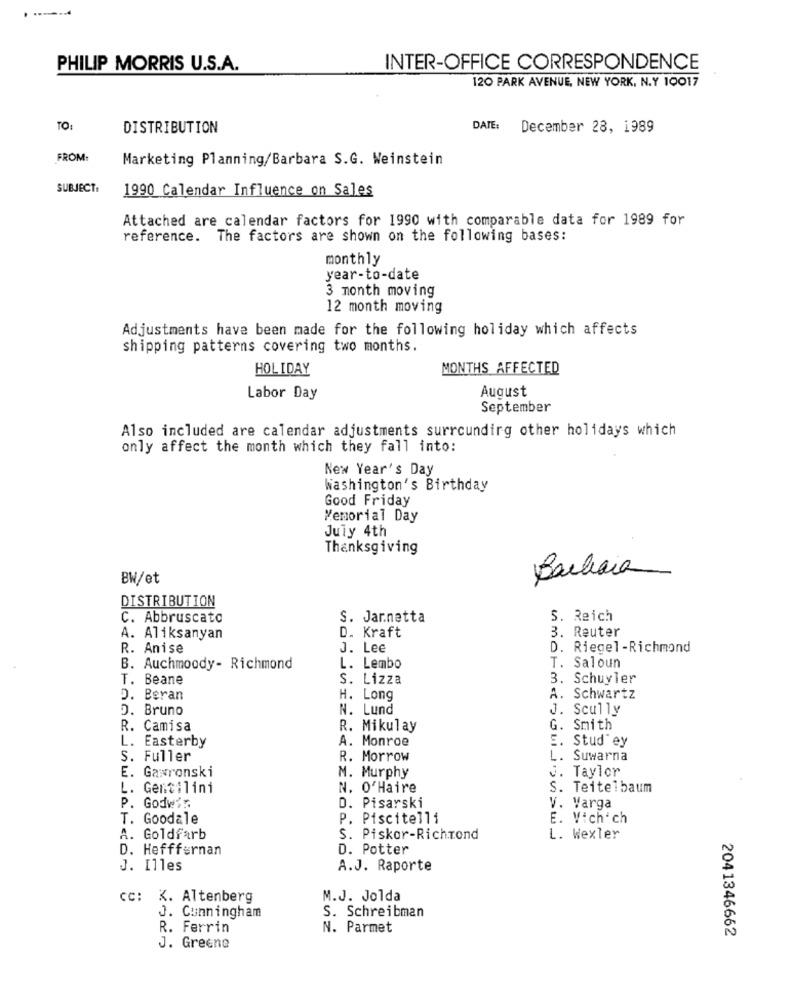
-----
PHILIP MORRIS U.S.A.
INTER-OFFICE CORRESPONDENCE
120 PARK AVENUE, NEW YORK, N.Y 10017
TO:
DISTRIBUTION
DATE:
December 28, 1989
FROM:
Marketing Planning/Barbara S.G. Weinstein
SUBJECT:
1990 Calendar Influence on Sales
Attached are calendar factors for 1990 with comparable data for 1989 for
reference. The factors are shown on the following bases:
monthly
year-to-date
3 month moving
12 month moving
Adjustments have been made for the following holiday which affects
shipping patterns covering two months.
HOLIDAY
MONTHS AFFECTED
August
Labor Day
September
Also included are calendar adjustments surrounding other holidays which
only affect the month which they fall into:
New Year's Day
Washington's Birthday
Good Friday
Memorial Day
July 4th
Thanksgiving
Barbara
BW/et
DISTRIBUTION
C. Abbruscato
S. Jarnetta
S. Reich
3. Reuter
A. Aliksanyan
D. Kraft
R. Anise
J. Lee
D. Riegel-Richmond
B. Auchmoody- Richmond
L. Lembo
T. Saloun
T. Beane
S. Lizza
3. Schuyler
D. Beran
.Long
A. Schwartz
D. Bruno
N. Lund
J. Scully
R. Camisa
R. Mikulay
G. Smith
L. Easterby
A. Monroe
E. Stud ey
S. Fuller
R. Morrow
L. Suwarna
E. Gawronski
J. Taylor
M. Murphy
L. Gentilini
N. O'Haire
S. Teitelbaum
P. Godwir.
D. Pisarski
v. Varga
T. Goodale
P. Piscitelli
E. Vich' ch
A. Goldfarb
S. Piskor-Richmond
L. Wexler
D. Hefffernan
D. Potter
J. Illes
A.J. Raporte
cc: K. Altenberg
M.J. Jolda
J. Cunningham
S. Schreibman
R. Ferrin
N. Parmet
2041346662
J. Greene